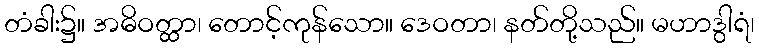
တံခါး၌။ အဓိဝတ္ထာ၊ တောင့်ကုန်သော။ ဒေဝတာ၊ နတ်တို့သည်။ မဟာဒွါရံ၊